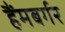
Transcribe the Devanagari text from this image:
हैंमबर्गर